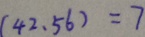
( 4 2 . 5 6 ) = 7